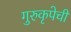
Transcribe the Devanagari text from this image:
गुरुकृपेची